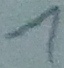
Text: 1